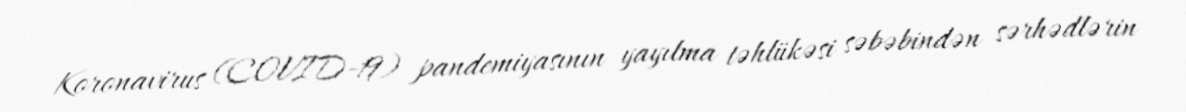
Koronavirus (COVID-19) pandemiyasının yayılma təhlükəsi səbəbindən sərhədlərin